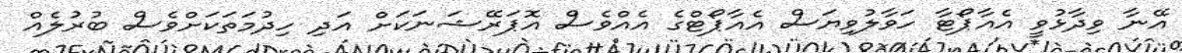
އޭނާ ވިދާޅުވީ އެއާޕޯޓާ ހަވާލުވިޔަސް އެއާޕޯޓްގެ އެއްވެސް އޮޕަރޭޝަނަކަށް އަދި ހިދުމަތަކަށްވެސް ބުރުލެއް